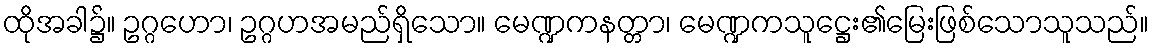
ထိုအခါ၌။ ဥဂ္ဂဟော၊ ဥဂ္ဂဟအမည်ရှိသော။ မေဏ္ဍကနတ္တာ၊ မေဏ္ဍကသူဋ္ဌေး၏မြေးဖြစ်သောသူသည်။